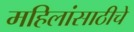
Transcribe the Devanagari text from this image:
महिलांसाठीचे